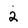
Character: 2